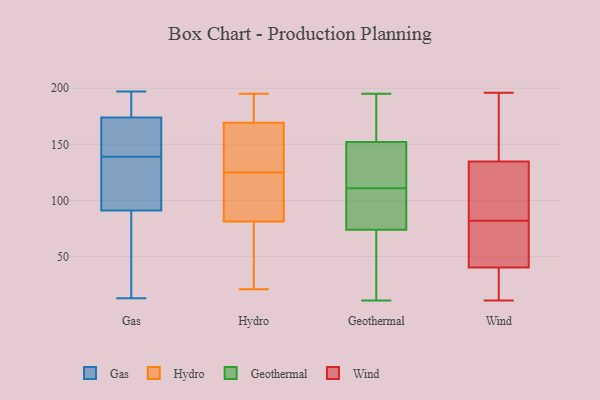
{"axis": {"x": "Shipments", "y": "Value"}, "legend": ["Gas", "Geothermal", "Hydro", "Wind"], "data": [{"x": "", "y": 113, "type": "Gas"}, {"x": "", "y": 182, "type": "Gas"}, {"x": "", "y": 41, "type": "Gas"}, {"x": "", "y": 164, "type": "Gas"}, {"x": "", "y": 197, "type": "Gas"}, {"x": "", "y": 95, "type": "Gas"}, {"x": "", "y": 138, "type": "Gas"}, {"x": "", "y": 147, "type": "Gas"}, {"x": "", "y": 91, "type": "Gas"}, {"x": "", "y": 58, "type": "Gas"}, {"x": "", "y": 182, "type": "Gas"}, {"x": "", "y": 87, "type": "Gas"}, {"x": "", "y": 191, "type": "Gas"}, {"x": "", "y": 174, "type": "Gas"}, {"x": "", "y": 13, "type": "Gas"}, {"x": "", "y": 154, "type": "Gas"}, {"x": "", "y": 140, "type": "Gas"}, {"x": "", "y": 130, "type": "Gas"}, {"x": "", "y": 101, "type": "Hydro"}, {"x": "", "y": 158, "type": "Hydro"}, {"x": "", "y": 124, "type": "Hydro"}, {"x": "", "y": 173, "type": "Hydro"}, {"x": "", "y": 154, "type": "Hydro"}, {"x": "", "y": 40, "type": "Hydro"}, {"x": "", "y": 110, "type": "Hydro"}, {"x": "", "y": 26, "type": "Hydro"}, {"x": "", "y": 168, "type": "Hydro"}, {"x": "", "y": 190, "type": "Hydro"}, {"x": "", "y": 21, "type": "Hydro"}, {"x": "", "y": 125, "type": "Hydro"}, {"x": "", "y": 129, "type": "Hydro"}, {"x": "", "y": 195, "type": "Hydro"}, {"x": "", "y": 79, "type": "Hydro"}, {"x": "", "y": 82, "type": "Hydro"}, {"x": "", "y": 174, "type": "Hydro"}, {"x": "", "y": 16, "type": "Geothermal"}, {"x": "", "y": 74, "type": "Geothermal"}, {"x": "", "y": 110, "type": "Geothermal"}, {"x": "", "y": 112, "type": "Geothermal"}, {"x": "", "y": 11, "type": "Geothermal"}, {"x": "", "y": 81, "type": "Geothermal"}, {"x": "", "y": 41, "type": "Geothermal"}, {"x": "", "y": 158, "type": "Geothermal"}, {"x": "", "y": 87, "type": "Geothermal"}, {"x": "", "y": 125, "type": "Geothermal"}, {"x": "", "y": 113, "type": "Geothermal"}, {"x": "", "y": 195, "type": "Geothermal"}, {"x": "", "y": 104, "type": "Geothermal"}, {"x": "", "y": 152, "type": "Geothermal"}, {"x": "", "y": 61, "type": "Geothermal"}, {"x": "", "y": 152, "type": "Geothermal"}, {"x": "", "y": 139, "type": "Geothermal"}, {"x": "", "y": 178, "type": "Geothermal"}, {"x": "", "y": 196, "type": "Wind"}, {"x": "", "y": 82, "type": "Wind"}, {"x": "", "y": 182, "type": "Wind"}, {"x": "", "y": 141, "type": "Wind"}, {"x": "", "y": 52, "type": "Wind"}, {"x": "", "y": 196, "type": "Wind"}, {"x": "", "y": 11, "type": "Wind"}, {"x": "", "y": 41, "type": "Wind"}, {"x": "", "y": 52, "type": "Wind"}, {"x": "", "y": 115, "type": "Wind"}, {"x": "", "y": 40, "type": "Wind"}, {"x": "", "y": 116, "type": "Wind"}, {"x": "", "y": 21, "type": "Wind"}, {"x": "", "y": 22, "type": "Wind"}, {"x": "", "y": 102, "type": "Wind"}]}